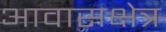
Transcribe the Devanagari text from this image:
आवासक्षेत्र